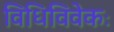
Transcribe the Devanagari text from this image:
विधिविवेकः